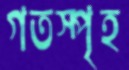
গতস্পৃহ